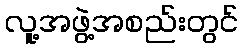
လူ့အဖွဲ့အစည်းတွင်